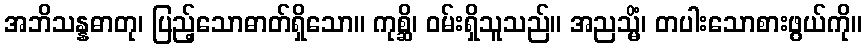
အဘိသန္နဓာတု၊ ပြည့်သောဓာတ်ရှိသော။ ကုစ္ဆိ၊ ဝမ်းရှိသူသည်။ အညသ္မိံ၊ တပါးသောစားဖွယ်ကို။